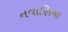
નવાણિયા